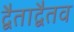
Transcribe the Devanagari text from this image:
द्वैताद्वैतव